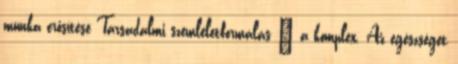
munka erősítése Társadalmi szemléletformálás – a komplex. Az egészséget